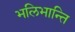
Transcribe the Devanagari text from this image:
भलिभान्ति